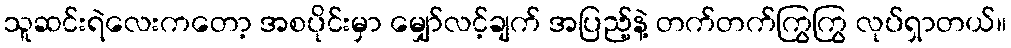
သူဆင်းရဲလေးကတော့ အစပိုင်းမှာ မျှော်လင့်ချက် အပြည့်နဲ့ တက်တက်ကြွကြွ လုပ်ရှာတယ်။